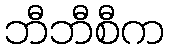
ဘီဘီစီက